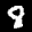
Label: 8